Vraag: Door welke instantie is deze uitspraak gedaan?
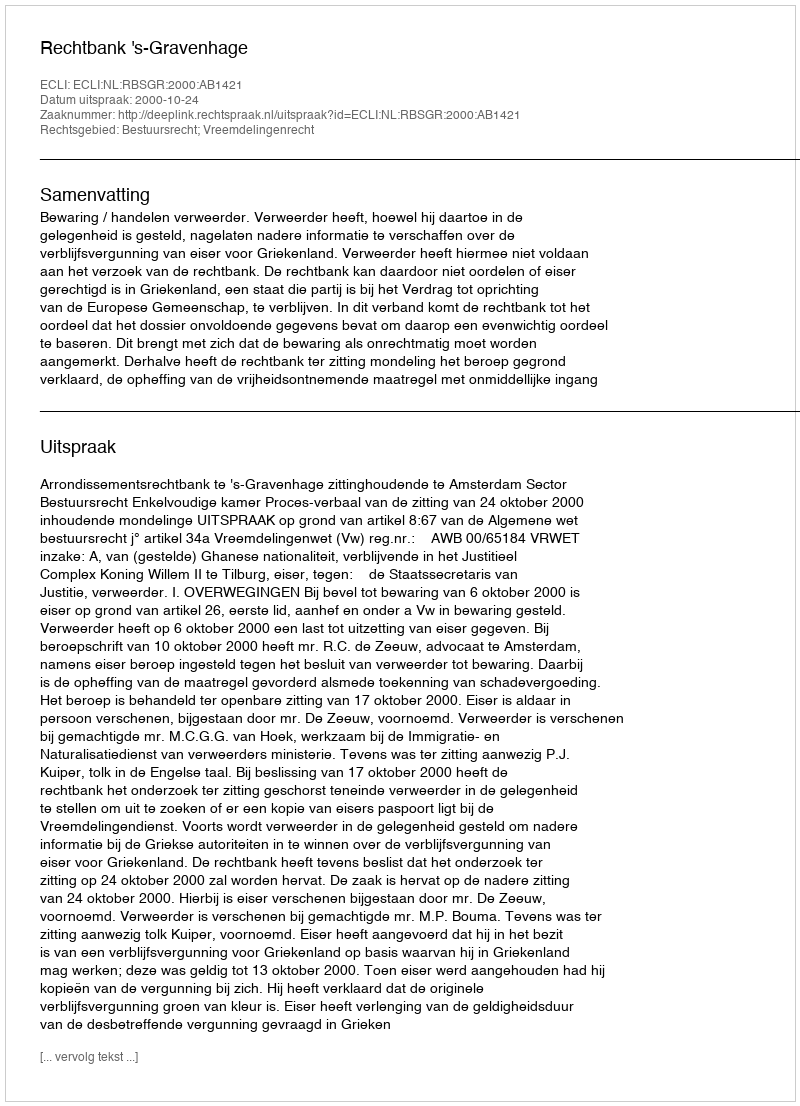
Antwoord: Rechtbank 's-Gravenhage